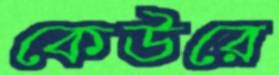
কেউরে